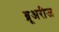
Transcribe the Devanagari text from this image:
ब्रूअरीज